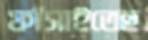
ফাঁসাইতেছ